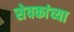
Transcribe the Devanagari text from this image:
सेवकांच्या